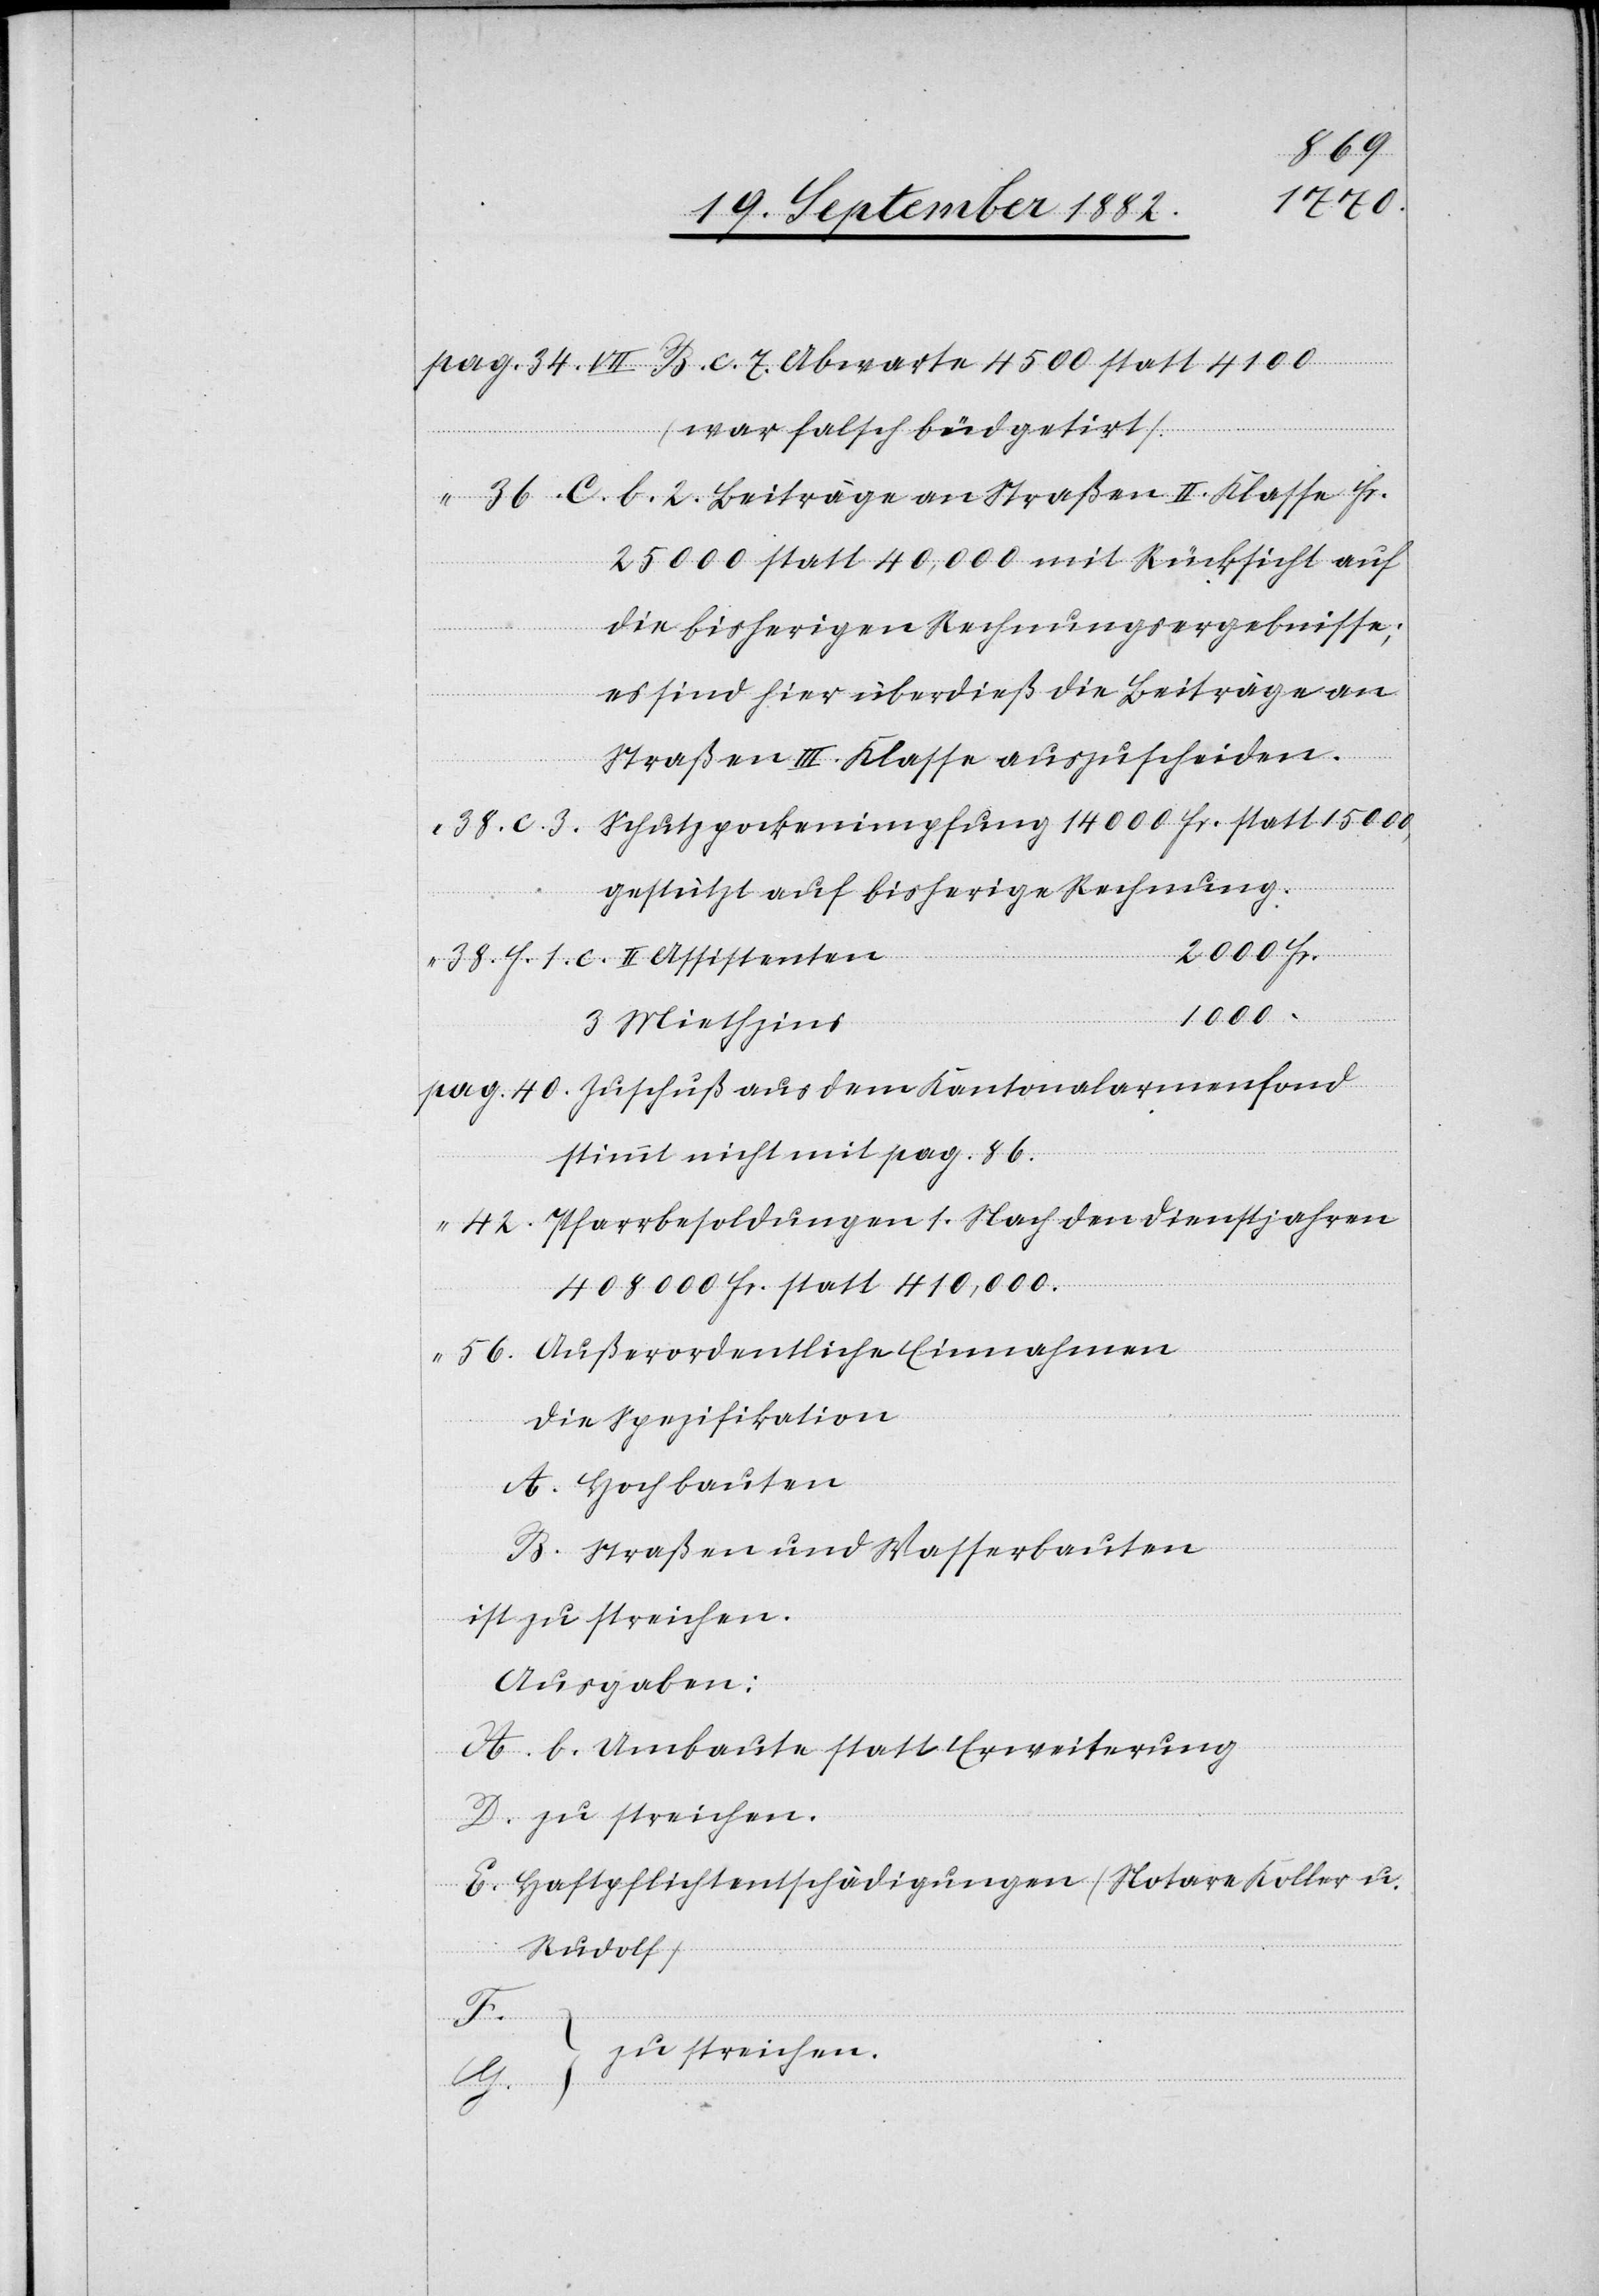
34. VII. B. c. 7. Abwarte 4500 statt 4100
(war falsch büdgetirt).
36. C. b. 2. Beiträge an Straßen II. Klasse Fr.
25000 statt 40,000 mit Rücksicht auf
die bisherigen Rechnungsergebnisse;
es sind hier überdieß die Beiträge an
Straßen III. Klasse auszuscheiden.
Schutzpockenimpfung 14000 Fr. statt 15000,
38. C. 3.
gestützt auf bisherige Rechnung.
38. h. 1. c. II. Assistenten
1000
3 Miethzins
40. Zuschuß aus dem Kantonalarmenfond
stimmt nicht mit pag. 86.
42. Pfarrbesoldungen 1. Nach den Dienstjahren
408000 Fr. statt 410,000.
“
56. Außerordentliche Einnahmen
die Spezifikation
A. Hochbauten
B. Straßen und Wasserbauten
ist zu streichen.
Ausgaben:
A. b. Umbaute statt Erweiterung.
D. zu streichen.
E. Haftpflichtentschädigungen (Notare Koller u.
Rudolf)
F.
zu streichen.
pag.